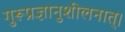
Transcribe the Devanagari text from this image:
गुरूप्रज्ञानुशीलनात्।